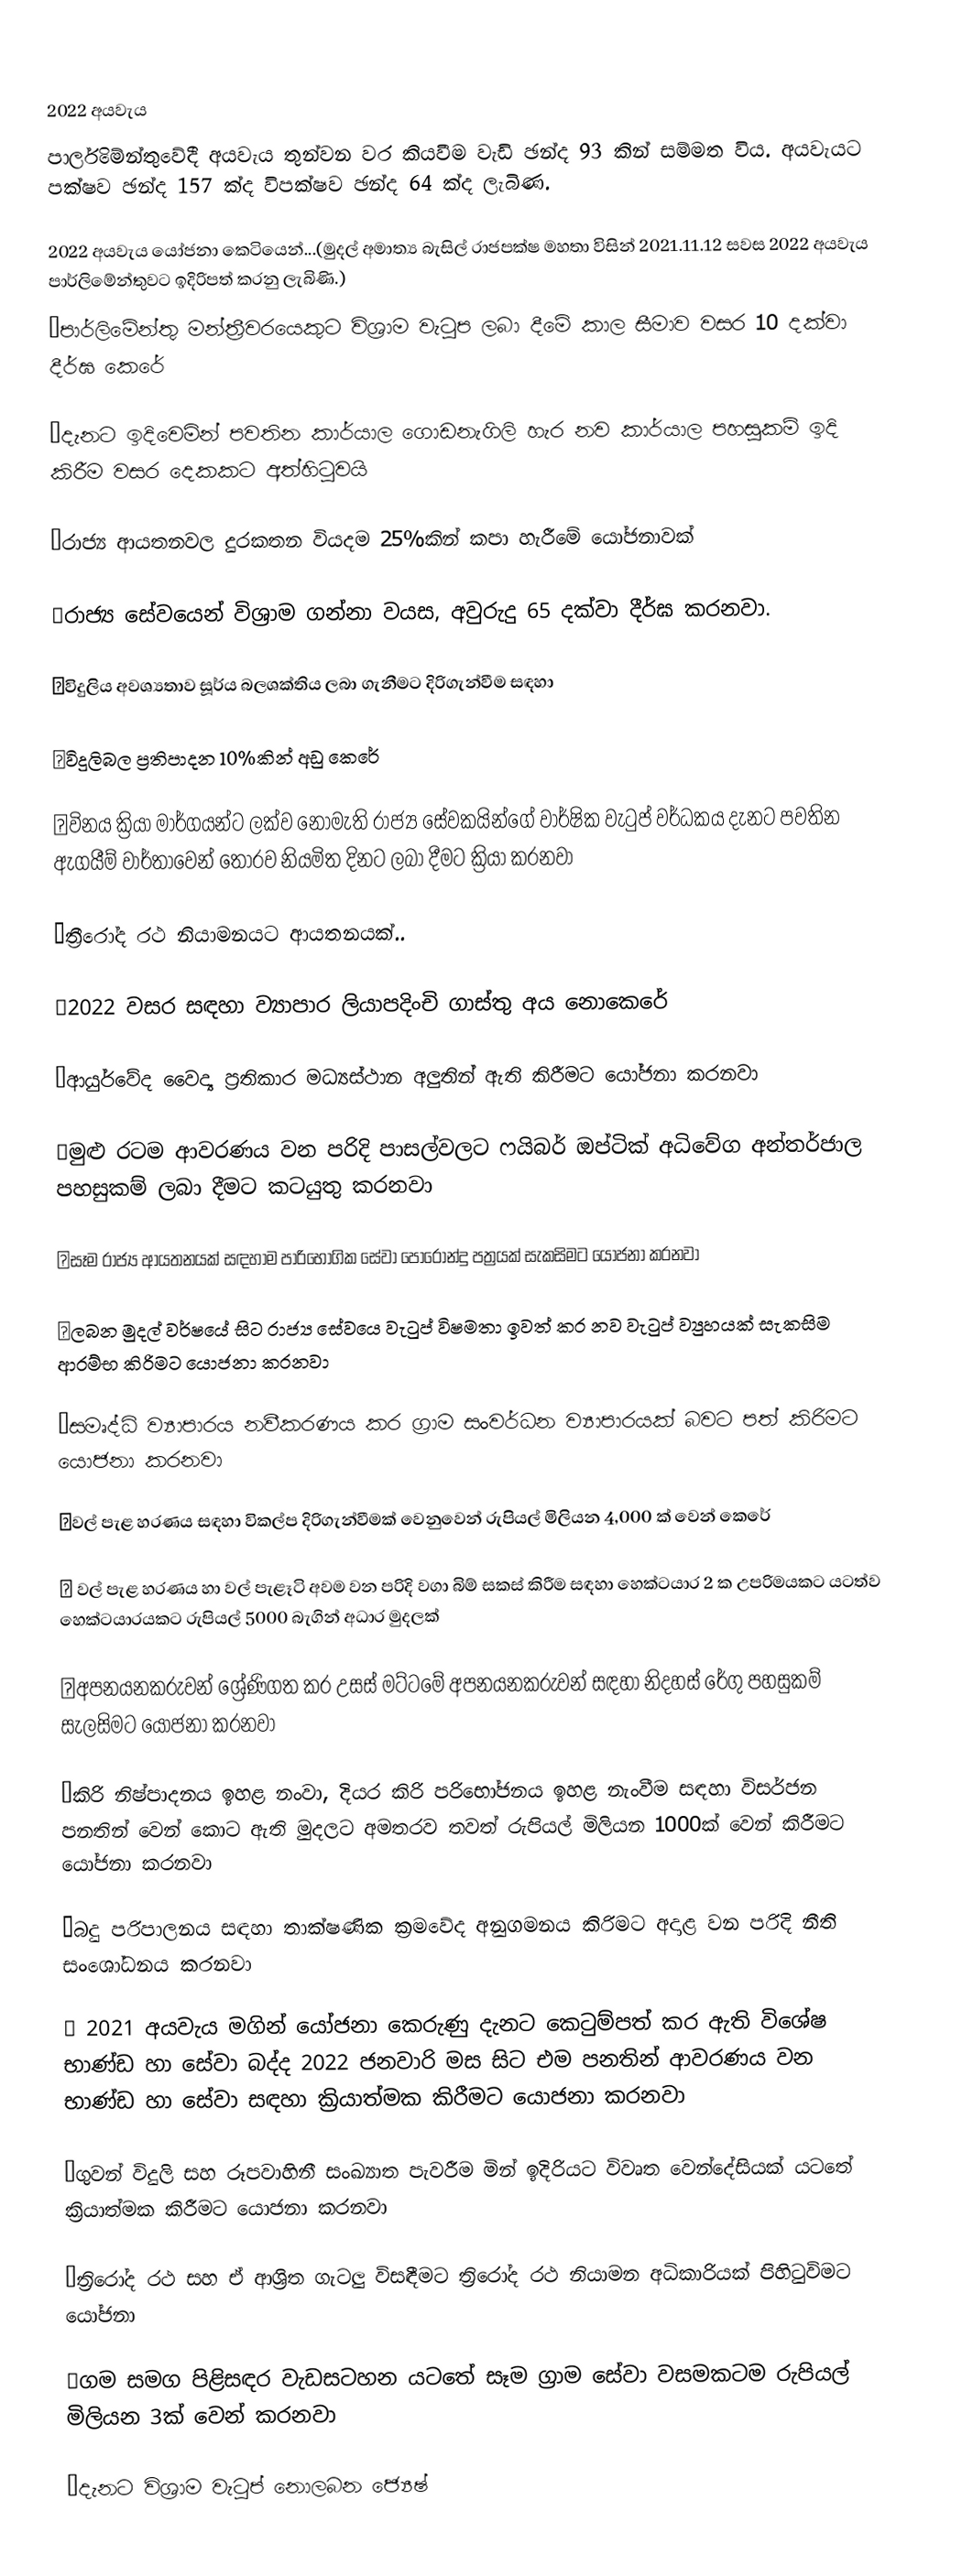

2022 අයවැය
පාර්ලිමේන්තුවේදී අයවැය තුන්වන වර කියවීම වැඩි ඡන්ද 93 කින් සම්මත විය. අයවැයට පක්ෂව ඡන්ද 157 ක්ද විපක්ෂව ඡන්ද 64 ක්ද ලැබිණ.

2022 අයවැය යෝජනා කෙටියෙන්...(මුදල් අමාත්‍ය බැසිල් රාජපක්ෂ මහතා විසින් 2021.11.12 සවස 2022 අයවැය පාර්ලිමේන්තුවට ඉදිරිපත් කරනු ලැබිණි.)
🔺පාර්ලිමේන්තු මන්ත්‍රීවරයෙකුට විශ්‍රාම වැටුප ලබා දීමේ කාල සීමාව වසර 10 දක්වා දීර්ඝ කෙරේ

🔺දැනට ඉදිවෙමින් පවතින කාර්යාල ගොඩනැගිලි හැර නව කාර්යාල පහසුකම් ඉදි කිරීම වසර දෙකකට අත්හිටුවයි

🔺රාජ්‍ය ආයතනවල දුරකතන වියදම 25%කින් කපා හැරීමේ යෝජනාවක්

🔺රාජ්‍ය සේවයෙන් විශ්‍රාම ගන්නා වයස, අවුරුදු 65 දක්වා දීර්ඝ කරනවා.

🔺විදුලිය අවශ්‍යතාව සූර්ය බලශක්තිය ලබා ගැනීමට දිරිගැන්වීම සඳහා

🔺විදුලිබල ප්‍රතිපාදන 10%කින් අඩු කෙරේ

🔺විනය ක්‍රියා මාර්ගයන්ට ලක්ව නොමැති රාජ්‍ය සේවකයින්ගේ වාර්ෂික වැටුප් වර්ධකය දැනට පවතින ඇගයීම් වාර්තාවෙන් තොරව නියමිත දිනට ලබා දීමට ක්‍රියා කරනවා

🔺ත්‍රීරෝද රථ නියාමනයට ආයතනයක්..

🔺2022 වසර සඳහා ව්‍යාපාර ලියාපදිංචි ගාස්තු අය නොකෙරේ

🔺ආයුර්වේද වෛද්‍ය ප්‍රතිකාර මධ්‍යස්ථාන අලුතින් ඇති කිරීමට යෝජනා කරනවා

🔺මුළු රටම ආවරණය වන පරිදි පාසල්වලට ෆයිබර් ඔප්ටික් අධිවේග අන්තර්ජාල පහසුකම් ලබා දීමට කටයුතු කරනවා

🔺සෑම රාජ්‍ය ආයතනයක් සඳහාම පාරිභෝගික සේවා පොරොන්දු පත්‍රයක් සැකසිමට යොජනා කරනවා

🔺ලබන මුදල් වර්ෂයේ සිට රාජ්‍ය සේවයෙ වැටුප් විෂමතා ඉවත් කර නව වැටුප් ව්‍යුහයක් සැකසිම ආරම්භ කිරිමට යොජනා කරනවා

🔺සමෘද්ධි ව්‍යාපාරය නවීකරණය කර ග්‍රාම සංවර්ධන ව්‍යාපාරයක් බවට පත් කිරිමට යොජනා කරනවා

🔺වල් පැළ හරණය සඳහා විකල්ප දිරිගැන්වීමක් වෙනුවෙන් රුපියල් මිලියන 4,000 ක් වෙන් කෙරේ

🔺 වල් පැළ හරණය හා වල් පැළෑටි අවම වන පරිදි වගා බිම් සකස් කිරීම සඳහා හෙක්ටයාර 2 ක උපරිමයකට යටත්ව හෙක්ටයාරයකට රුපියල් 5000 බැගින් අධාර මුදලක්

🔺අපනයනකරුවන් ශ්‍රේණිගත කර උසස් මට්ටමේ අපනයනකරුවන් සඳහා නිදහස් රේගු පහසුකම් සැලසිමට යෝජනා කරනවා

🔺කිරි නිෂ්පාදනය ඉහළ නංවා, දියර කිරි පරිභෝජනය ඉහළ නැංවීම සඳහා විසර්ජන පනතින් වෙන් කොට ඇති මුදලට අමතරව තවත් රුපියල් මිලියන 1000ක් වෙන් කිරීමට යෝජනා කරනවා

🔺බදු පරිපාලනය සඳහා තාක්ෂණික ක්‍රමවේද අනුගමනය කිරිමට අදාළ වන පරිදි නීති සංශෝධනය කරනවා

🔺 2021 අයවැය මගින් යෝජනා කෙරුණු දැනට කෙටුම්පත් කර ඇති විශේෂ භාණ්ඩ හා සේවා බද්ද 2022 ජනවාරි මස සිට එම පනතින් ආවරණය වන භාණ්ඩ හා සේවා සඳහා ක්‍රියාත්මක කිරීමට යොජනා කරනවා

🔺ගුවන් විදුලි සහ රූපවාහිනී සංඛ්‍යාත පැවරීම මින් ඉදිරියට විවෘත වෙන්දේසියක් යටතේ ක්‍රියාත්මක කිරීමට යොජනා කරනවා

🔺ත්‍රිරෝද රථ සහ ඒ ආශ්‍රිත ගැටලු විසඳීමට ත්‍රිරෝද රථ නියාමන අධිකාරියක් පිහිටුවිමට යෝජනා

🔺ගම සමග පිළිසඳර වැඩසටහන යටතේ සෑම ග්‍රාම සේවා වසමකටම රුපියල් මිලියන 3ක් වෙන් කරනවා

🔺දැනට විශ්‍රාම වැටුප් නොලබන ජ්‍යෙෂ්